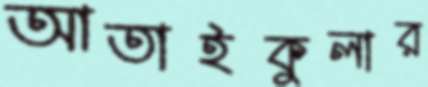
আতাইকুলার